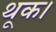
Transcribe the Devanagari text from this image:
थूक।